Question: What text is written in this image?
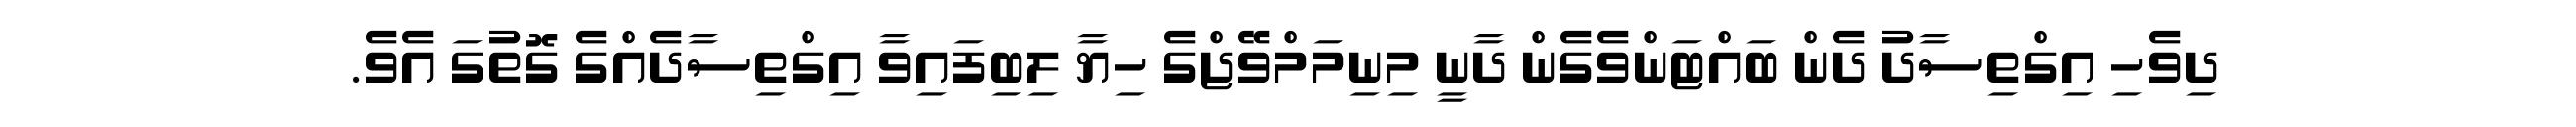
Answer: ދިވެހި އިގްތިސާދު ދެން ބައްޓަންވެގެން ދާނީ މިނިމަމްވޭޖްގެ ހިޔާ ލިބިފައިވާ އިގްތިސާދެއްގެ ގޮތުގަ އެވެ.